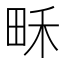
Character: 𤱛